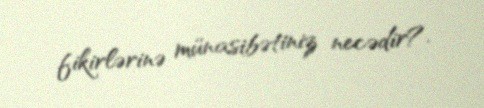
fikirlərinə münasibətiniz necədir?.